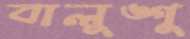
বালুঙ্গু